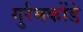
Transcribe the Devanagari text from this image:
गुर्रमकोंडे